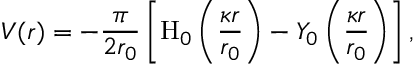
V ( r ) = - { \frac { \pi } { 2 r _ { 0 } } } \left[ { \mathrm { H } } _ { 0 } \left( { \frac { \kappa r } { r _ { 0 } } } \right) - Y _ { 0 } \left( { \frac { \kappa r } { r _ { 0 } } } \right) \right] ,